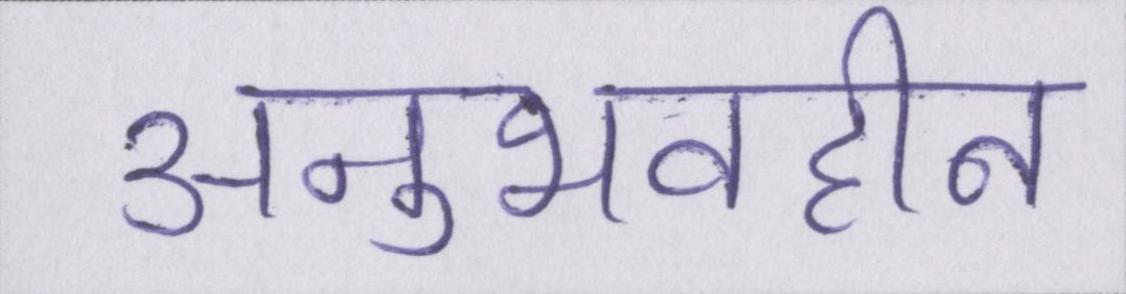
अनुभवहीन